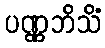
ပဏ္ဏဘိသိံ